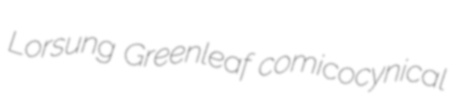
Lorsung Greenleaf comicocynical